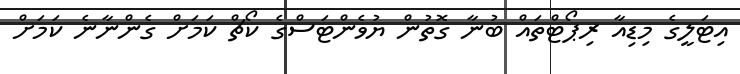
އިޓަލީގެ މިޑިއާ ރިޕޯޓްތައް ބުނާ ގޮތުން ޔުވެންޓަސްގެ ކޯޗް ކަމަށް ގެންނާނެ ކަމަށް